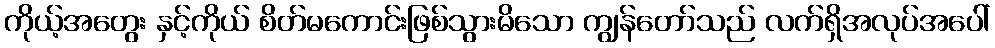
ကိုယ့်အတွေး နှင့်ကိုယ် စိတ်မကောင်းဖြစ်သွားမိသော ကျွန်တော်သည် လက်ရှိအလုပ်အပေါ်